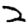
Digit: 2